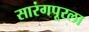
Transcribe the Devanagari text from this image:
सारंगपूरला